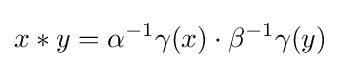
x*y=\alpha ^{-1}\gamma (x)\cdot \beta ^{-1}\gamma (y)